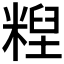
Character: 𰫄